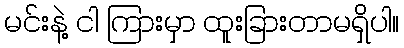
မင်းနဲ့ ငါ ကြားမှာ ထူးခြားတာမရှိပါ။